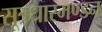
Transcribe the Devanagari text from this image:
सूत्रधारमण्डन